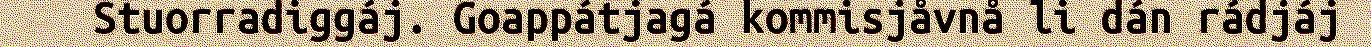
Stuorradiggáj. Goappátjagá kommisjåvnå li dán rádjáj